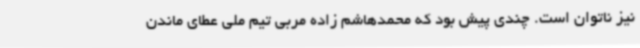
نیز ناتوان است. چندی پیش بود که محمدهاشم زاده مربی تیم ملی عطای ماندن